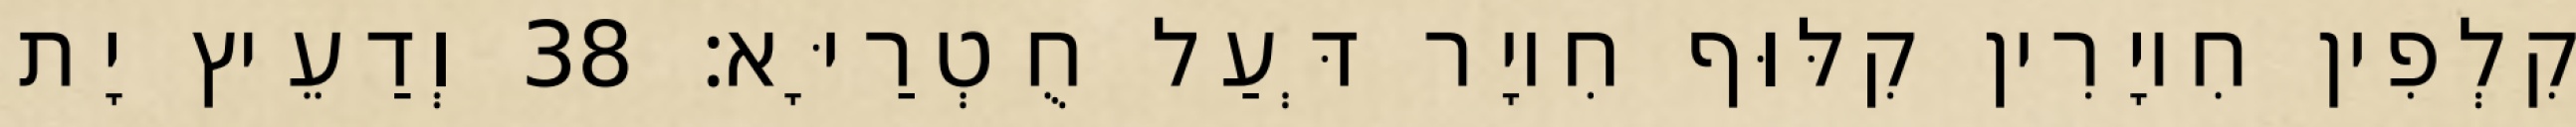
קִלְפִין חִיוָרִין קִלּוּף חִיוָר דְּעַל חֻטְרַיָּא׃ 38 וְדַעֵיץ יָת